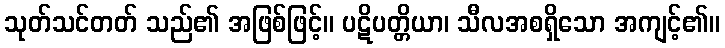
သုတ်သင်တတ် သည်၏ အဖြစ်ဖြင့်။ ပဋိပတ္တိယာ၊ သီလအစရှိသော အကျင့်၏။